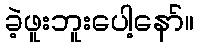
ခဲ့ဖူးဘူးပေါ့နော်။